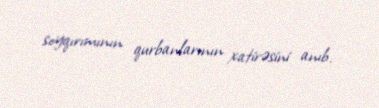
soyqırımının qurbanlarının xatirəsini anıb.